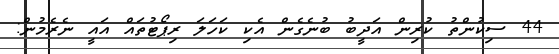
44 ސިކުންތު ކުރިން އަދީބު ބުނެގެން އެކި ކަހަލަ ރިޕޯޓުތައް އައީ ނެރެމުން: